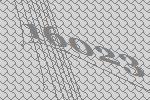
16023